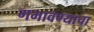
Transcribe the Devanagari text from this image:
गमावण्याचा